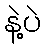
နဲ့ပဲ